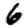
Digit: 6